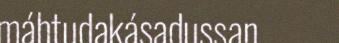
máhtudakásadussan